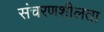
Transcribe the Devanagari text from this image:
संचरणशीलता